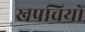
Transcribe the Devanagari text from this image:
खपचियों